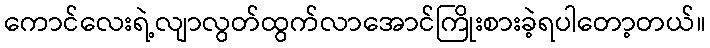
ကောင်လေးရဲ့လျာလွတ်ထွက်လာအောင်ကြိုးစားခဲ့ရပါတော့တယ်။